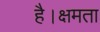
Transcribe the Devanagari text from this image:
है।क्षमता